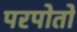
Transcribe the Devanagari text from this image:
परपोतो